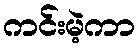
ကင်းမဲ့ကာ